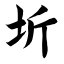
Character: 圻